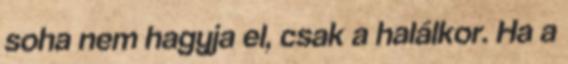
soha nem hagyja el, csak a halálkor. Ha a